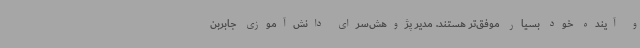
و آینده خود بسیار موفق‌تر هستند. مدیر پژوهش‌سرای دانش‌آموزی جابربن